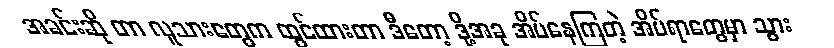
အခင်းဆို တာ လူသားတွေက ထွင်ထားတာ ဒီတော့ ဒို့အခု အိပ်နေကြတဲ့ အိပ်ရာတွေမှာ သွား